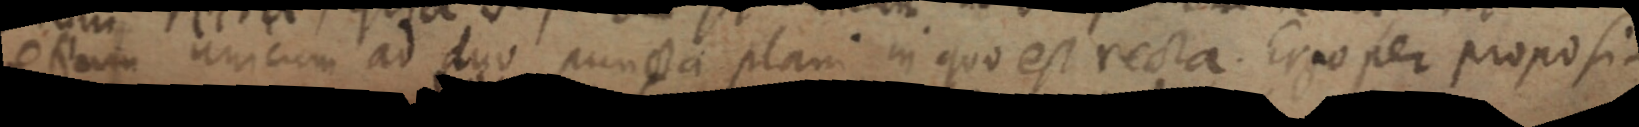
etiam unicum ad duo puncta plani in quo est recta. Ergo per proposi